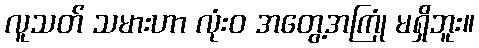
လူသတ် သမားဟာ လုံးဝ အတွေ့အကြုံ မရှိဘူး။